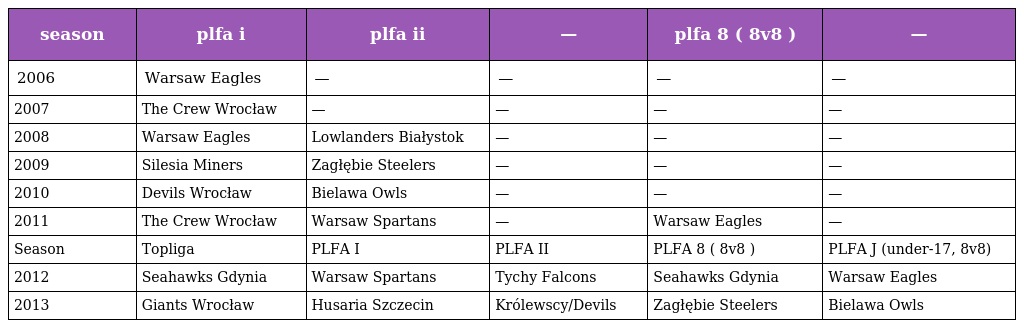
| season | plfa i | plfa ii | — | plfa 8 ( 8v8 ) | — |
 | --- | --- | --- | --- | --- | --- |
 | 2006 | Warsaw Eagles | — | — | — | — |
 | 2007 | The Crew Wrocław | — | — | — | — |
 | 2008 | Warsaw Eagles | Lowlanders Białystok | — | — | — |
 | 2009 | Silesia Miners | Zagłębie Steelers | — | — | — |
 | 2010 | Devils Wrocław | Bielawa Owls | — | — | — |
 | 2011 | The Crew Wrocław | Warsaw Spartans | — | Warsaw Eagles | — |
 | Season | Topliga | PLFA I | PLFA II | PLFA 8 ( 8v8 ) | PLFA J (under-17, 8v8) |
 | 2012 | Seahawks Gdynia | Warsaw Spartans | Tychy Falcons | Seahawks Gdynia | Warsaw Eagles |
 | 2013 | Giants Wrocław | Husaria Szczecin | Królewscy/Devils | Zagłębie Steelers | Bielawa Owls |